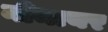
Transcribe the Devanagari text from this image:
नीमायर